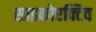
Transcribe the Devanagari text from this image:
साइकोएक्टिव